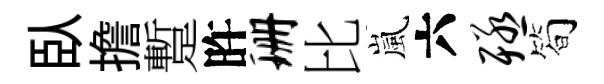
臥擔蹔旿珊比嵐六殛筍